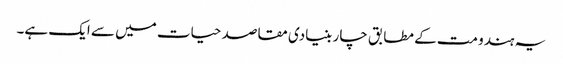
یہ ہندو مت کے مطابق چار بنیادی مقاصد حیات میں سے ایک ہے۔